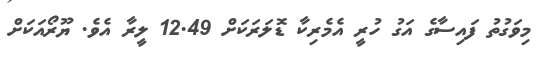
މިވަގުތު ފައިސާގެ އަގު ހުރީ އެމެރިކާ ޑޮލަރަކަށް 12.49 ލީރާ އެވެ. ޔޫރޯއަކަށް